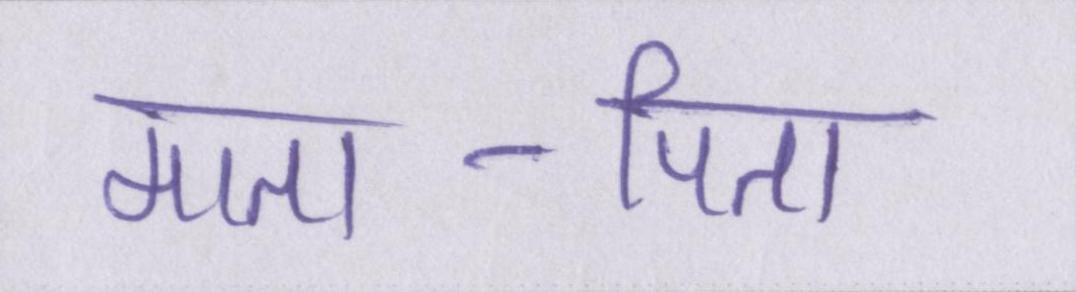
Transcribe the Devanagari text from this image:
माता-पिता